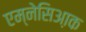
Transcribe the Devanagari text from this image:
एम्नेसिआ़क